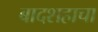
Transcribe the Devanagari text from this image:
बादशहाचा